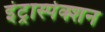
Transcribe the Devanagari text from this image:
इंट्रास्पेक्शन